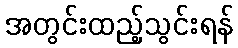
အတွင်းထည့်သွင်းရန်